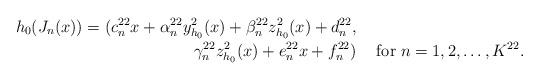
LaTeX: \begin{align*}h_{0}(J_{n}(x))= (c_{n}^{22}x + \alpha_{n}^{22}y_{h_{0}}^{2}(x)+ \beta_{n}^{22}z_{h_{0}}^{2}(x)+ d_{n}^{22}, &&\\\gamma_{n}^{22}z_{h_{0}}^{2}(x)+ e_{n}^{22}x+ f_{n}^{22}) && \; \mathrm{for} \; n=1, 2, \ldots, K^{22}.\end{align*}